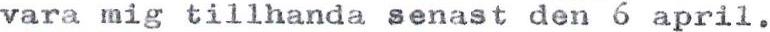
vara mig tillhanda senast den 6 april.